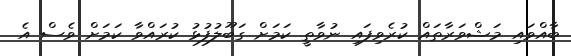
ބާއްވައި މަޝްވަރާތައް ކުރެވިފައި ނުވާތީ ކަމަށް ގަބޫލުފުޅު ކުރައްވާ ކަމަށް ވެސް އެ